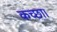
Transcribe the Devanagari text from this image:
कच्छा।